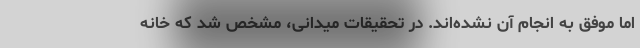
اما موفق به انجام آن نشده‌اند. در تحقیقات میدانی، مشخص شد که خانه